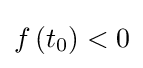
f\left(t_{0}\right)<0